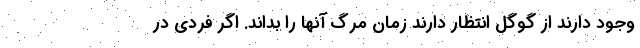
وجود دارند از گوگل انتظار دارند زمان مرگ آنها را بداند. اگر فردی در